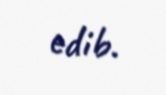
edib.